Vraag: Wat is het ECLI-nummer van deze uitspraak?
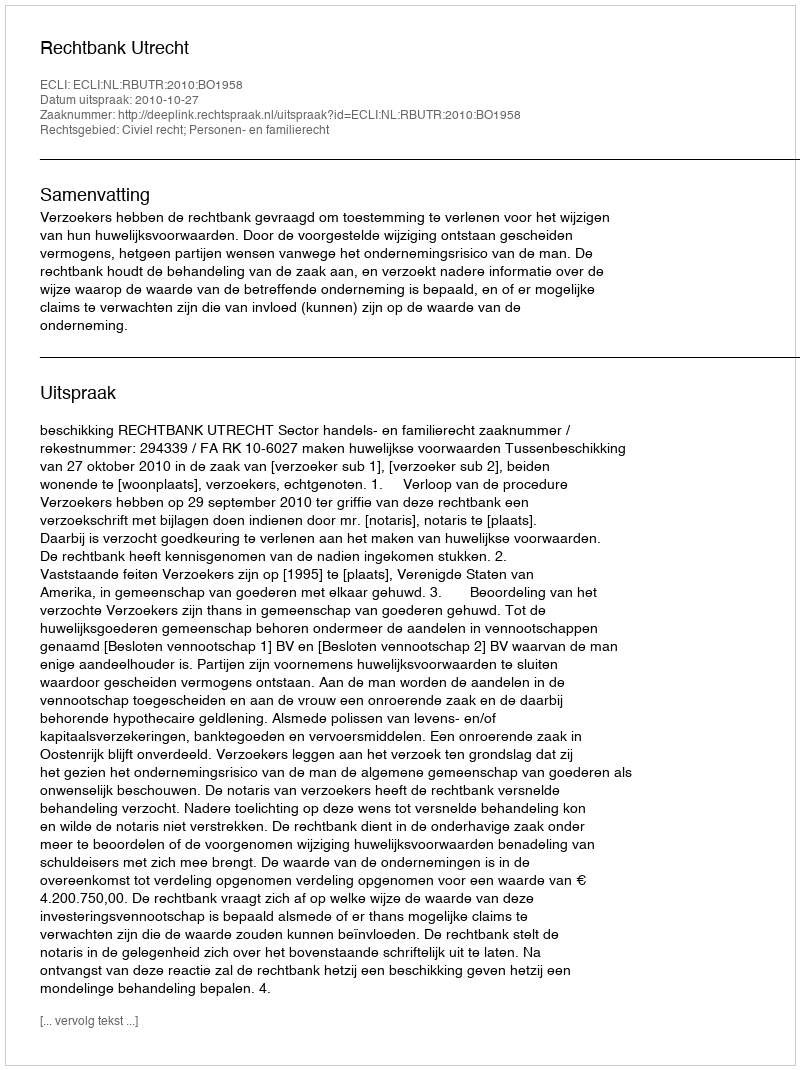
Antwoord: ECLI:NL:RBUTR:2010:BO1958